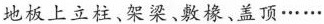
地板上立柱、架梁、敷橡、盖顶……